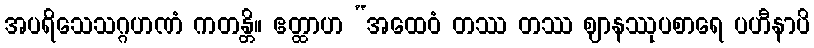
အပရိသေသဂ္ဂဟဏံ ကတန္တိ။ ဧတ္ထာဟ “အထေဝံ တဿ တဿ ဈာနဿုပစာရေ ပဟီနာပိ